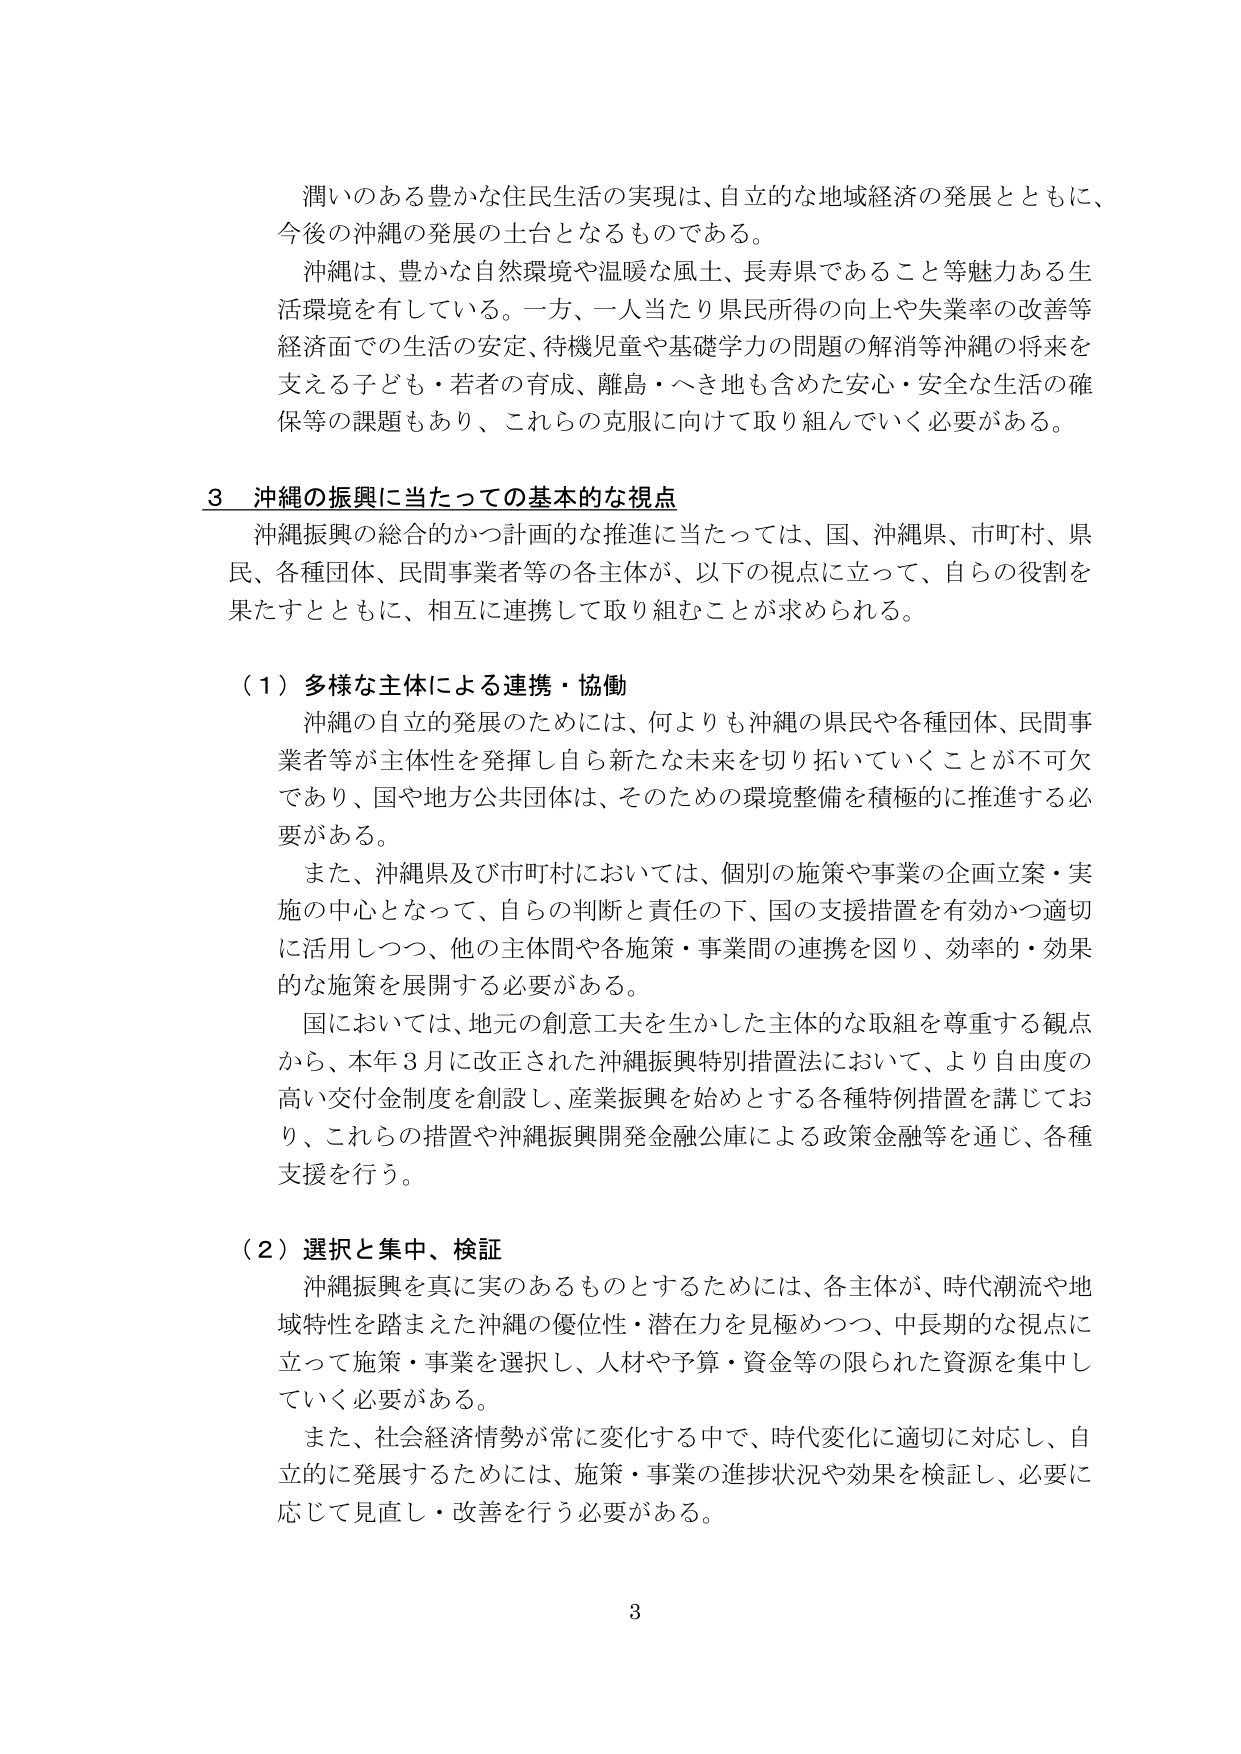
潤いのある豊かな住民生活の実現は、自立的な地域経済の発展とともに、
今後の沖縄の発展の土台となるものである。

沖縄は、豊かな自然環境や温暖な風土、長寿県であること等魅力ある生活環境を有している。一方、一人当たり県民所得の向上や失業率の改善等経済面での生活の安定、待機児童や基礎学力の問題の解消等沖縄の将来を支える子ども・若者の育成、離島・へき地も含めた安心・安全な生活の確保等の課題もあり、これらの克服に向けて取り組んでいく必要がある。

**3 沖縄の振興に当たっての基本的な視点**
沖縄振興の総合的かつ計画的な推進に当たっては、国、沖縄県、市町村、県民、各種団体、民間事業者等の各主体が、以下の視点に立って、自らの役割を果たすとともに、相互に連携して取り組むことが求められる。

**(1) 多様な主体による連携・協働**
沖縄の自立的発展のためには、何よりも沖縄の県民や各種団体、民間事業者等が主体性を発揮し自ら新たな未来を切り拓いていくことが不可欠であり、国や地方公共団体は、そのための環境整備を積極的に推進する必要がある。

また、沖縄県及び市町村においては、個別の施策や事業の企画立案・実施の中心となって、自らの判断と責任の下、国の支援措置を有効かつ適切に活用しつつ、他の主体間や各施策・事業間の連携を図り、効率的・効果的な施策を展開する必要がある。

国においては、地元の創意工夫を生かした主体的な取組を尊重する観点から、本年3月に改正された沖縄振興特別措置法において、より自由度の高い交付金制度を創設し、産業振興を始めとする各種特例措置を講じており、これらの措置や沖縄振興開発金融公庫による政策金融等を通じ、各種支援を行う。

**(2) 選択と集中、検証**
沖縄振興を真に実のあるものとするためには、各主体が、時代潮流や地域特性を踏まえた沖縄の優位性・潜在力を見極めつつ、中長期的な視点に立って施策・事業を選択し、人材や予算・資金等の限られた資源を集中していく必要がある。

また、社会経済情勢が常に変化する中で、時代変化に適切に対応し、自立的に発展するためには、施策・事業の進捗状況や効果を検証し、必要に応じて見直し・改善を行う必要がある。

3